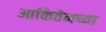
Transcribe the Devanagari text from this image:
आकितेनच्या